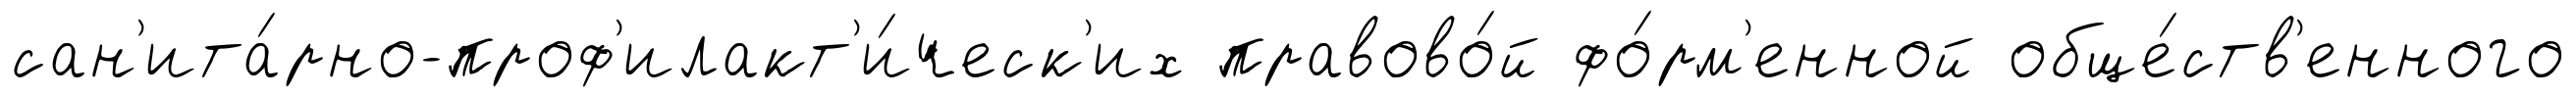
сан'ита́рно-проф'илакт'и́ческ'их правово́й фо́рм'енной обще́ств'енного